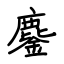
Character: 鏖